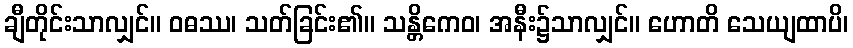
ချီတိုင်းသာလျှင်။ ဝဓဿ၊ သတ်ခြင်း၏။ သန္တိကေဝ၊ အနီး၌သာလျှင်။ ဟောတိ သေယျထာပိ၊